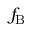
f _ { \mathrm { B } }